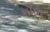
શૌઉર